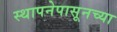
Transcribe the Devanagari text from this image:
स्थापनेपासूनच्या